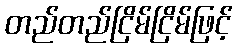
တည်တည်ငြိမ်ငြိမ်ဖြင့်